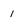
Character: 1